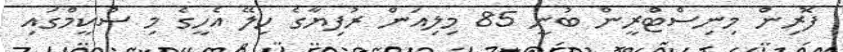
ފޮރިން މިނިސްޓްރީން ބުނީ 85 މިލިއަން ރުފިޔާގެ ހިލޭ އެހީގެ މި ސްކީމްގައި